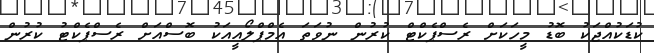
ކުޑަކުއްޖަކު ބޮޑު މީހަކަށް ރެސްޕެކްޓް ކުރުން ނުވަތަ އެމްޕްލޯއީއަކު ބޮސްއަށް ރެސްޕެކްޓު ކުރުން